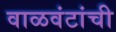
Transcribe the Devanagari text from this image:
वाळवंटांची